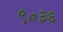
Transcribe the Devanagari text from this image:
९०३६